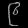
Digit: ၉